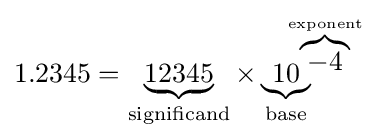
1.2345=\underbrace {12345} _{\text{significand}}\times \underbrace {10} _{\text{base}}\!\!\!\!\!\!^{\overbrace {-4} ^{\text{exponent}}}